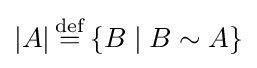
|A|\,{\overset {\mathrm {def} }{=}}\left\{B\mid B\sim A\right\}